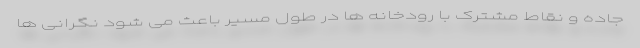
جاده و نقاط مشترک با رودخانه ها در طول مسیر باعث می شود نگرانی ها